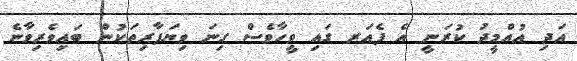
އަދި އުއްމީދު ކުރަނީ އެ ފެއަރ ގައި ވީހާވެސް ގިނަ ވިޔަފާރިތަކުން ބައިވެރިވާނެ